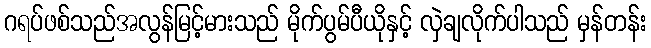
ဂရပ်ဖစ်သည်အလွန်မြင့်မားသည် မိုက်ပွမ်ပီယိုနှင့် လှဲချလိုက်ပါသည် မှန်တန်း